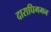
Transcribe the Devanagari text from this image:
दाराघिगमन